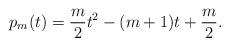
LaTeX: \begin{align*}p_m(t)= \frac{m}{2} t^2 - (m + 1) t + \frac{m}{2}.\end{align*}